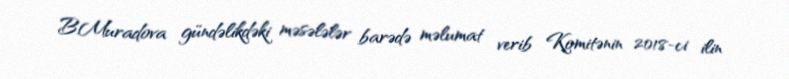
B.Muradova gündəlikdəki məsələlər barədə məlumat verib Komitənin 2018-ci ilin